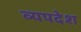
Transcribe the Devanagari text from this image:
व्यपदेश